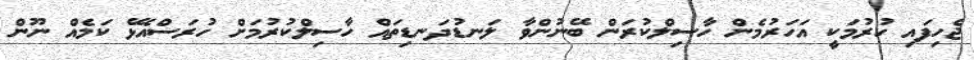
ޖެހިފައި ހުރުމަކީ އަހަރުމެން ހާސިލްކުރަން ބޭނުންވާ ލަނޑުދަނޑިތައް ހާސިލްކުރުމަށް ހުރަސްއެޅޭ ކަމެއް ނޫން